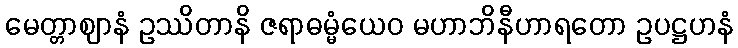
မေတ္တာဈာနံ ဥဿိတာနိ ဇရာဓမ္မံယေဝ မဟာဘိနီဟာရတော ဥပဋ္ဌဟနံ